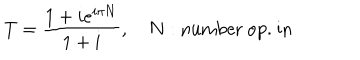
T = \frac { 1 + i e ^ { i \pi \mathbf { N } } } { 1 + i } , \quad \mathbf { N } : \mathrm { n u m b e r ~ o p . ~ i n ~ }